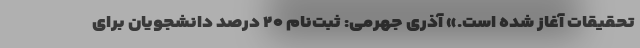
تحقیقات آغاز شده است.» آذری جهرمی: ثبت‌نام ۲۰ درصد دانشجویان برای